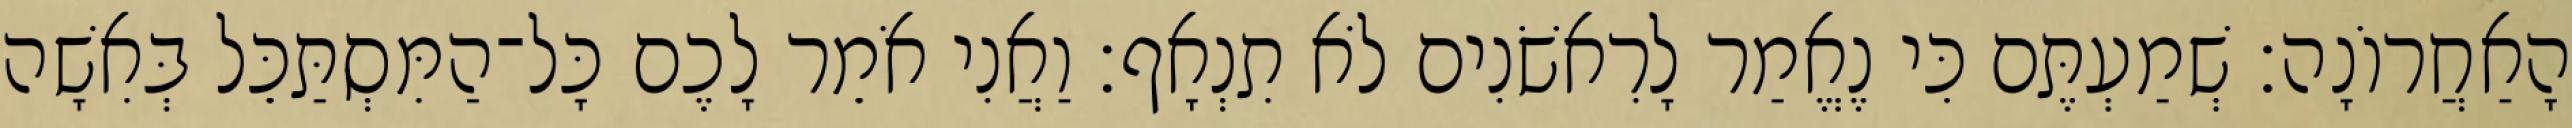
הָאַחֲרוֹנָה׃ שְׁמַעְתֶּם כִּי נֶאֱמַר לָרִאשֹׁנִים לֹא תִנְאָף׃ וַאֲנִי אֹמֵר לָכֶם כָּל־הַמִּסְתַּכֵּל בְּאִשָׁה